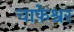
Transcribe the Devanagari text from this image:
चाफ़ेश्वर